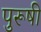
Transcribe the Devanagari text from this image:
पुरूषी